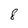
Character: 8